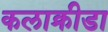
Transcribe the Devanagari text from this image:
कलाक्रीडा